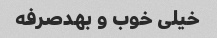
خیلی خوب و بهدصرفه